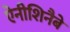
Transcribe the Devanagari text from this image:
ऐनीशिनैबे